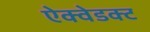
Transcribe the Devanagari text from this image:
ऐक्वेडक्ट